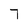
Character: 7